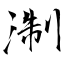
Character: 淛